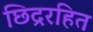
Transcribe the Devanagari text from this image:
छिद्ररहित